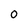
Character: 0